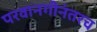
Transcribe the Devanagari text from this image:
परवानगीनंतरच